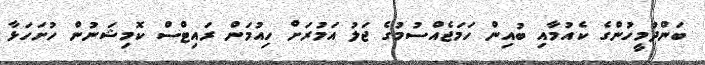
ބަންދުމީހުންގެ ކެއުމާއި ބުއިން ހަމަޖެއްސުމުގެ ޖަލު އަމުރަށް ހިއުމަން ރައިޓްސް ކޮމިޝަނުން ހުށަހަޅާ